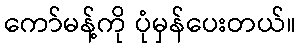
ကော်မန့်ကို ပုံမှန်ပေးတယ်။